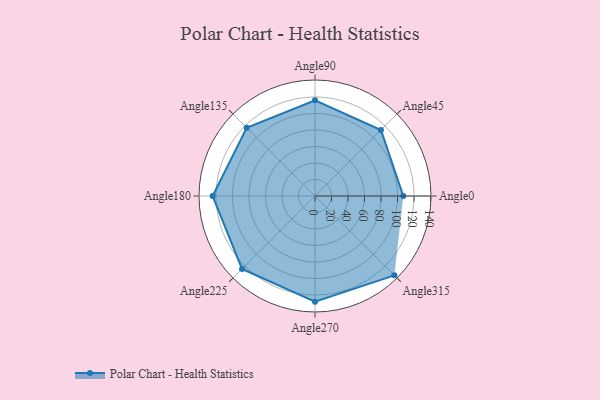
{"axis": {"x": "Angle", "y": "Radius"}, "legend": [""], "data": [{"x": "Angle0", "y": 107.0, "type": ""}, {"x": "Angle45", "y": 113.0, "type": ""}, {"x": "Angle90", "y": 116.0, "type": ""}, {"x": "Angle135", "y": 117.0, "type": ""}, {"x": "Angle180", "y": 124.0, "type": ""}, {"x": "Angle225", "y": 125.0, "type": ""}, {"x": "Angle270", "y": 128.0, "type": ""}, {"x": "Angle315", "y": 136.0, "type": ""}]}